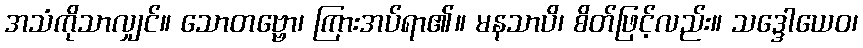
အသံကိုသာလျှင်။ သောတဗ္ဗော၊ ကြားအပ်ရာ၏။ မနသာပိ၊ စိတ်ဖြင့်လည်း။ သဒ္ဒေါယေဝ၊